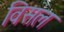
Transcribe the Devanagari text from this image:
विसल